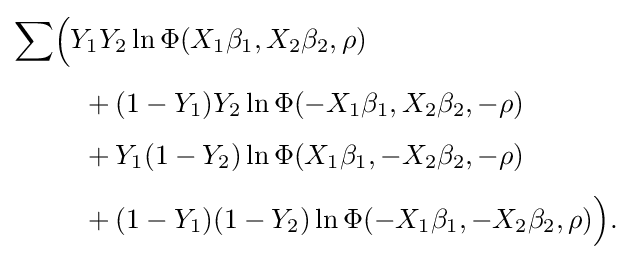
{\begin{aligned}\sum &{\Big (}Y_{1}Y_{2}\ln \Phi (X_{1}\beta _{1},X_{2}\beta _{2},\rho )\\[4pt]&{}\quad {}+(1-Y_{1})Y_{2}\ln \Phi (-X_{1}\beta _{1},X_{2}\beta _{2},-\rho )\\[4pt]&{}\quad {}+Y_{1}(1-Y_{2})\ln \Phi (X_{1}\beta _{1},-X_{2}\beta _{2},-\rho )\\[4pt]&{}\quad {}+(1-Y_{1})(1-Y_{2})\ln \Phi (-X_{1}\beta _{1},-X_{2}\beta _{2},\rho ){\Big )}.\end{aligned}}